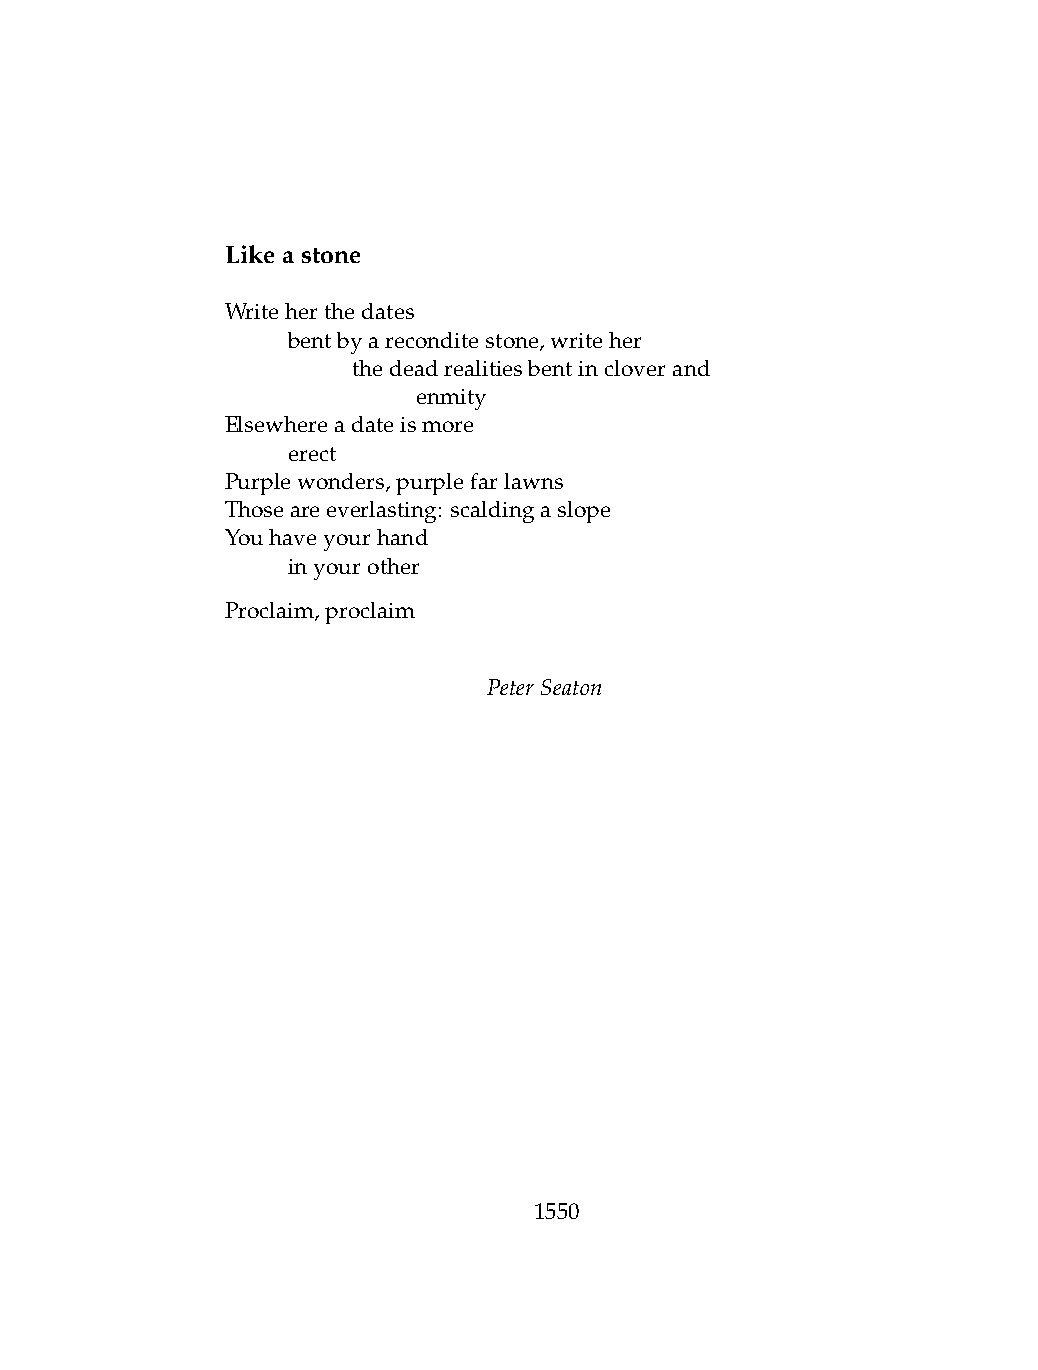
Likeastone
 Writeherthedates
 .   bentbyareconditestone,writeher
 .   .   thedeadrealitiesbentincloverand
 .   .   .    enmity
 Elsewhereadateismore
 .   erect
 Purplewonders,purplefarlawns
 Thoseareeverlasting: scaldingaslope
 Youhaveyourhand
 .   inyourother
 Proclaim,proclaim
 PeterSeaton
 1550